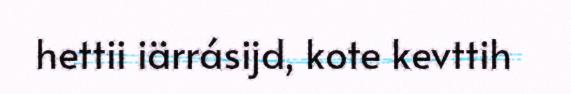
hettii iärrásijd, kote kevttih